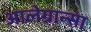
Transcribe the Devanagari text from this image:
आलेग्रान्सा